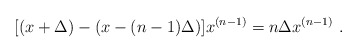
\begin{align*}[(x +\Delta)-(x-(n-1)\Delta)]x^{(n-1)}=n\Delta x^{(n-1)}\ .\end{align*}